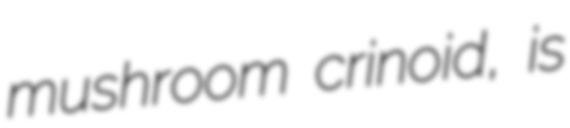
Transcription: mushroom crinoid, is